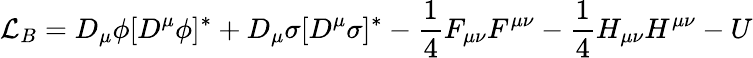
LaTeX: {\cal L}_{B}=D_{\mu}\phi[D^{\mu}\phi]^{*}+D_{\mu}\sigma[D^{\mu}\sigma]^{*}-\frac{1}{4}F_{\mu\nu}F^{\mu\nu}-\frac{1}{4}H_{\mu\nu}H^{\mu\nu}-U